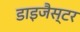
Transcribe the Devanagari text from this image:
डाइजैस्टर